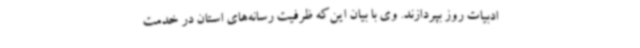
ادبیات روز بپردازند. وی با بیان این‌که ظرفیت رسانه‌های استان در خدمت